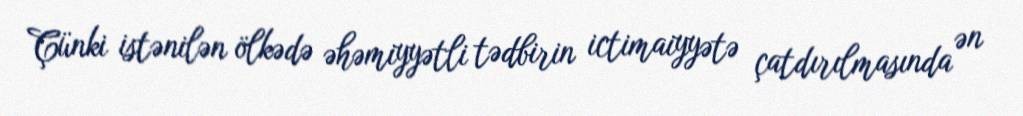
Çünki istənilən ölkədə əhəmiyyətli tədbirin ictimaiyyətə çatdırılmasında ən